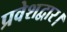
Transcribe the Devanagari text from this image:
प्रवेशद्वार।